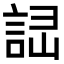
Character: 𧧱